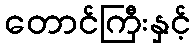
တောင်ကြီးနှင့်